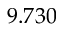
9 . 7 3 0